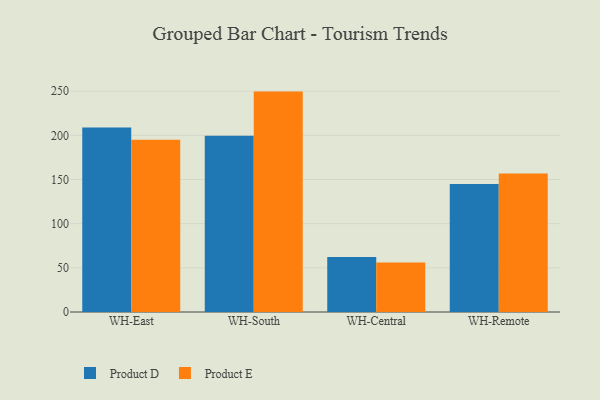
{"axis": {"x": "Warehouse", "y": "Demand Index"}, "legend": ["Product D", "Product E"], "data": [{"x": "WH-East", "y": 209.0, "type": "Product D"}, {"x": "WH-East", "y": 194.9, "type": "Product E"}, {"x": "WH-South", "y": 199.4, "type": "Product D"}, {"x": "WH-South", "y": 249.5, "type": "Product E"}, {"x": "WH-Central", "y": 62.3, "type": "Product D"}, {"x": "WH-Central", "y": 56.0, "type": "Product E"}, {"x": "WH-Remote", "y": 145.0, "type": "Product D"}, {"x": "WH-Remote", "y": 156.8, "type": "Product E"}]}